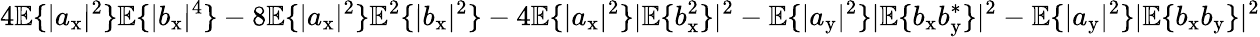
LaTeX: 4\mathbb{E}\{ |a_{\mathrm{x}}|^{2}\} \mathbb{E}\{ |b_{\mathrm{x}}|^{4}\} -8\mathbb{E}\{ |a_{\mathrm{x}}|^{2}\} \mathbb{E}^{2}\{ |b_{\mathrm{x}}|^{2}\} -4\mathbb{E}\{ |a_{\mathrm{x}}|^{2}\} |\mathbb{E}\{ b_{\mathrm{x}}^{2}\} |^{2}-\mathbb{E}\{ |a_{\mathrm{y}}|^{2}\} |\mathbb{E}\{ b_{\mathrm{x}}b_{\mathrm{y}}^{\ast}\} |^{2}-\mathbb{E}\{ |a_{\mathrm{y}}|^{2}\} |\mathbb{E}\{ b_{\mathrm{x}}b_{\mathrm{y}}\} |^{2}